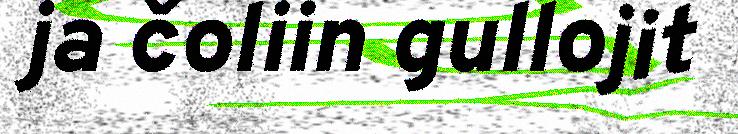
ja čoliin gullojit